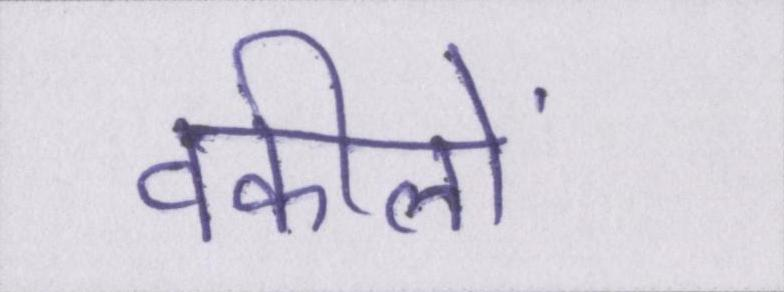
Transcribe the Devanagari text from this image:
वकीलों